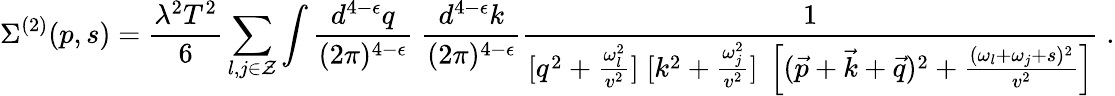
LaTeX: \Sigma^{(2)}(p,s)={\frac{\lambda^{2}T^{2}}{6}}\sum_{l,j\in{\cal Z}}\int{\frac{d^{4-\epsilon}q}{(2\pi)^{4-\epsilon}}}\; {\frac{d^{4-\epsilon}k}{(2\pi)^{4-\epsilon}}}{\frac{1}{[q^{2}+\frac{\omega_{l}^{2}}{v^{2}}]\; [k^{2}+\frac{\omega_{j}^{2}}{v^{2}}]\; \left[({\vec{p}}+{\vec{k}}+{\vec{q}})^{2}+\frac{(\omega_{l}+\omega_{j}+s)^{2}}{v^{2}}\right]}}\; .